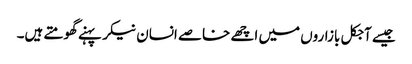
جیسے آجکل بازاروں میں اچھے خاصے انسان نیکر پہنے گھومتے ہیں۔